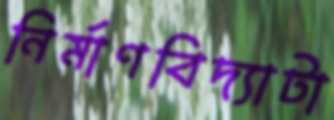
নির্মাণবিদ্যাটা